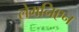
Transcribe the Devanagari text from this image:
लेमनिएन